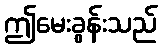
ဤမေးခွန်းသည်